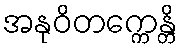
အနုဝိတက္ကေန္တိ